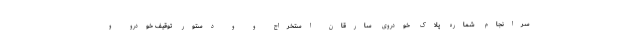
سرانجام شماره پلاک خودروی سارقان استخراج و و دستور توقیف خودرو و